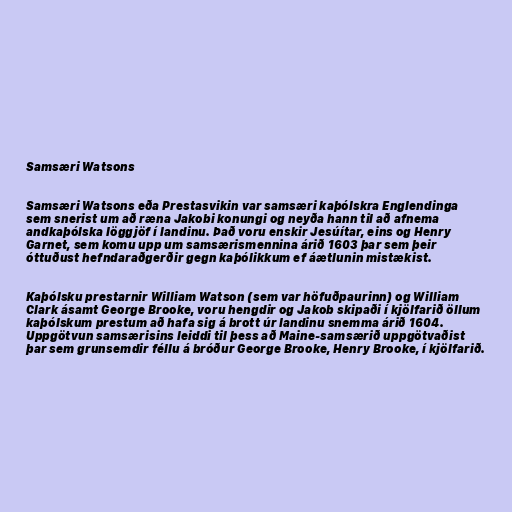
Samsæri Watsons

Samsæri Watsons eða Prestasvikin var samsæri kaþólskra Englendinga
sem snerist um að ræna Jakobi konungi og neyða hann til að afnema
andkaþólska löggjöf í landinu. Það voru enskir Jesúítar, eins og Henry
Garnet, sem komu upp um samsærismennina árið 1603 þar sem þeir
óttuðust hefndaraðgerðir gegn kaþólikkum ef áætlunin mistækist.

Kaþólsku prestarnir William Watson (sem var höfuðpaurinn) og William
Clark ásamt George Brooke, voru hengdir og Jakob skipaði í kjölfarið öllum
kaþólskum prestum að hafa sig á brott úr landinu snemma árið 1604.
Uppgötvun samsærisins leiddi til þess að Maine-samsærið uppgötvaðist
þar sem grunsemdir féllu á bróður George Brooke, Henry Brooke, í kjölfarið.